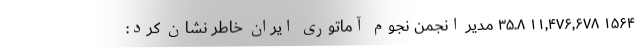
۱۵۶۴ ۱۱,۴۷۶,۶۷۸ ۳۵.۸ مدیر انجمن نجوم آماتوری ایران خاطر نشان کرد: